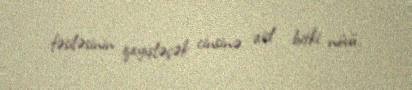
fəsiləsinin qayışləçək cinsinə aid bitki növü.